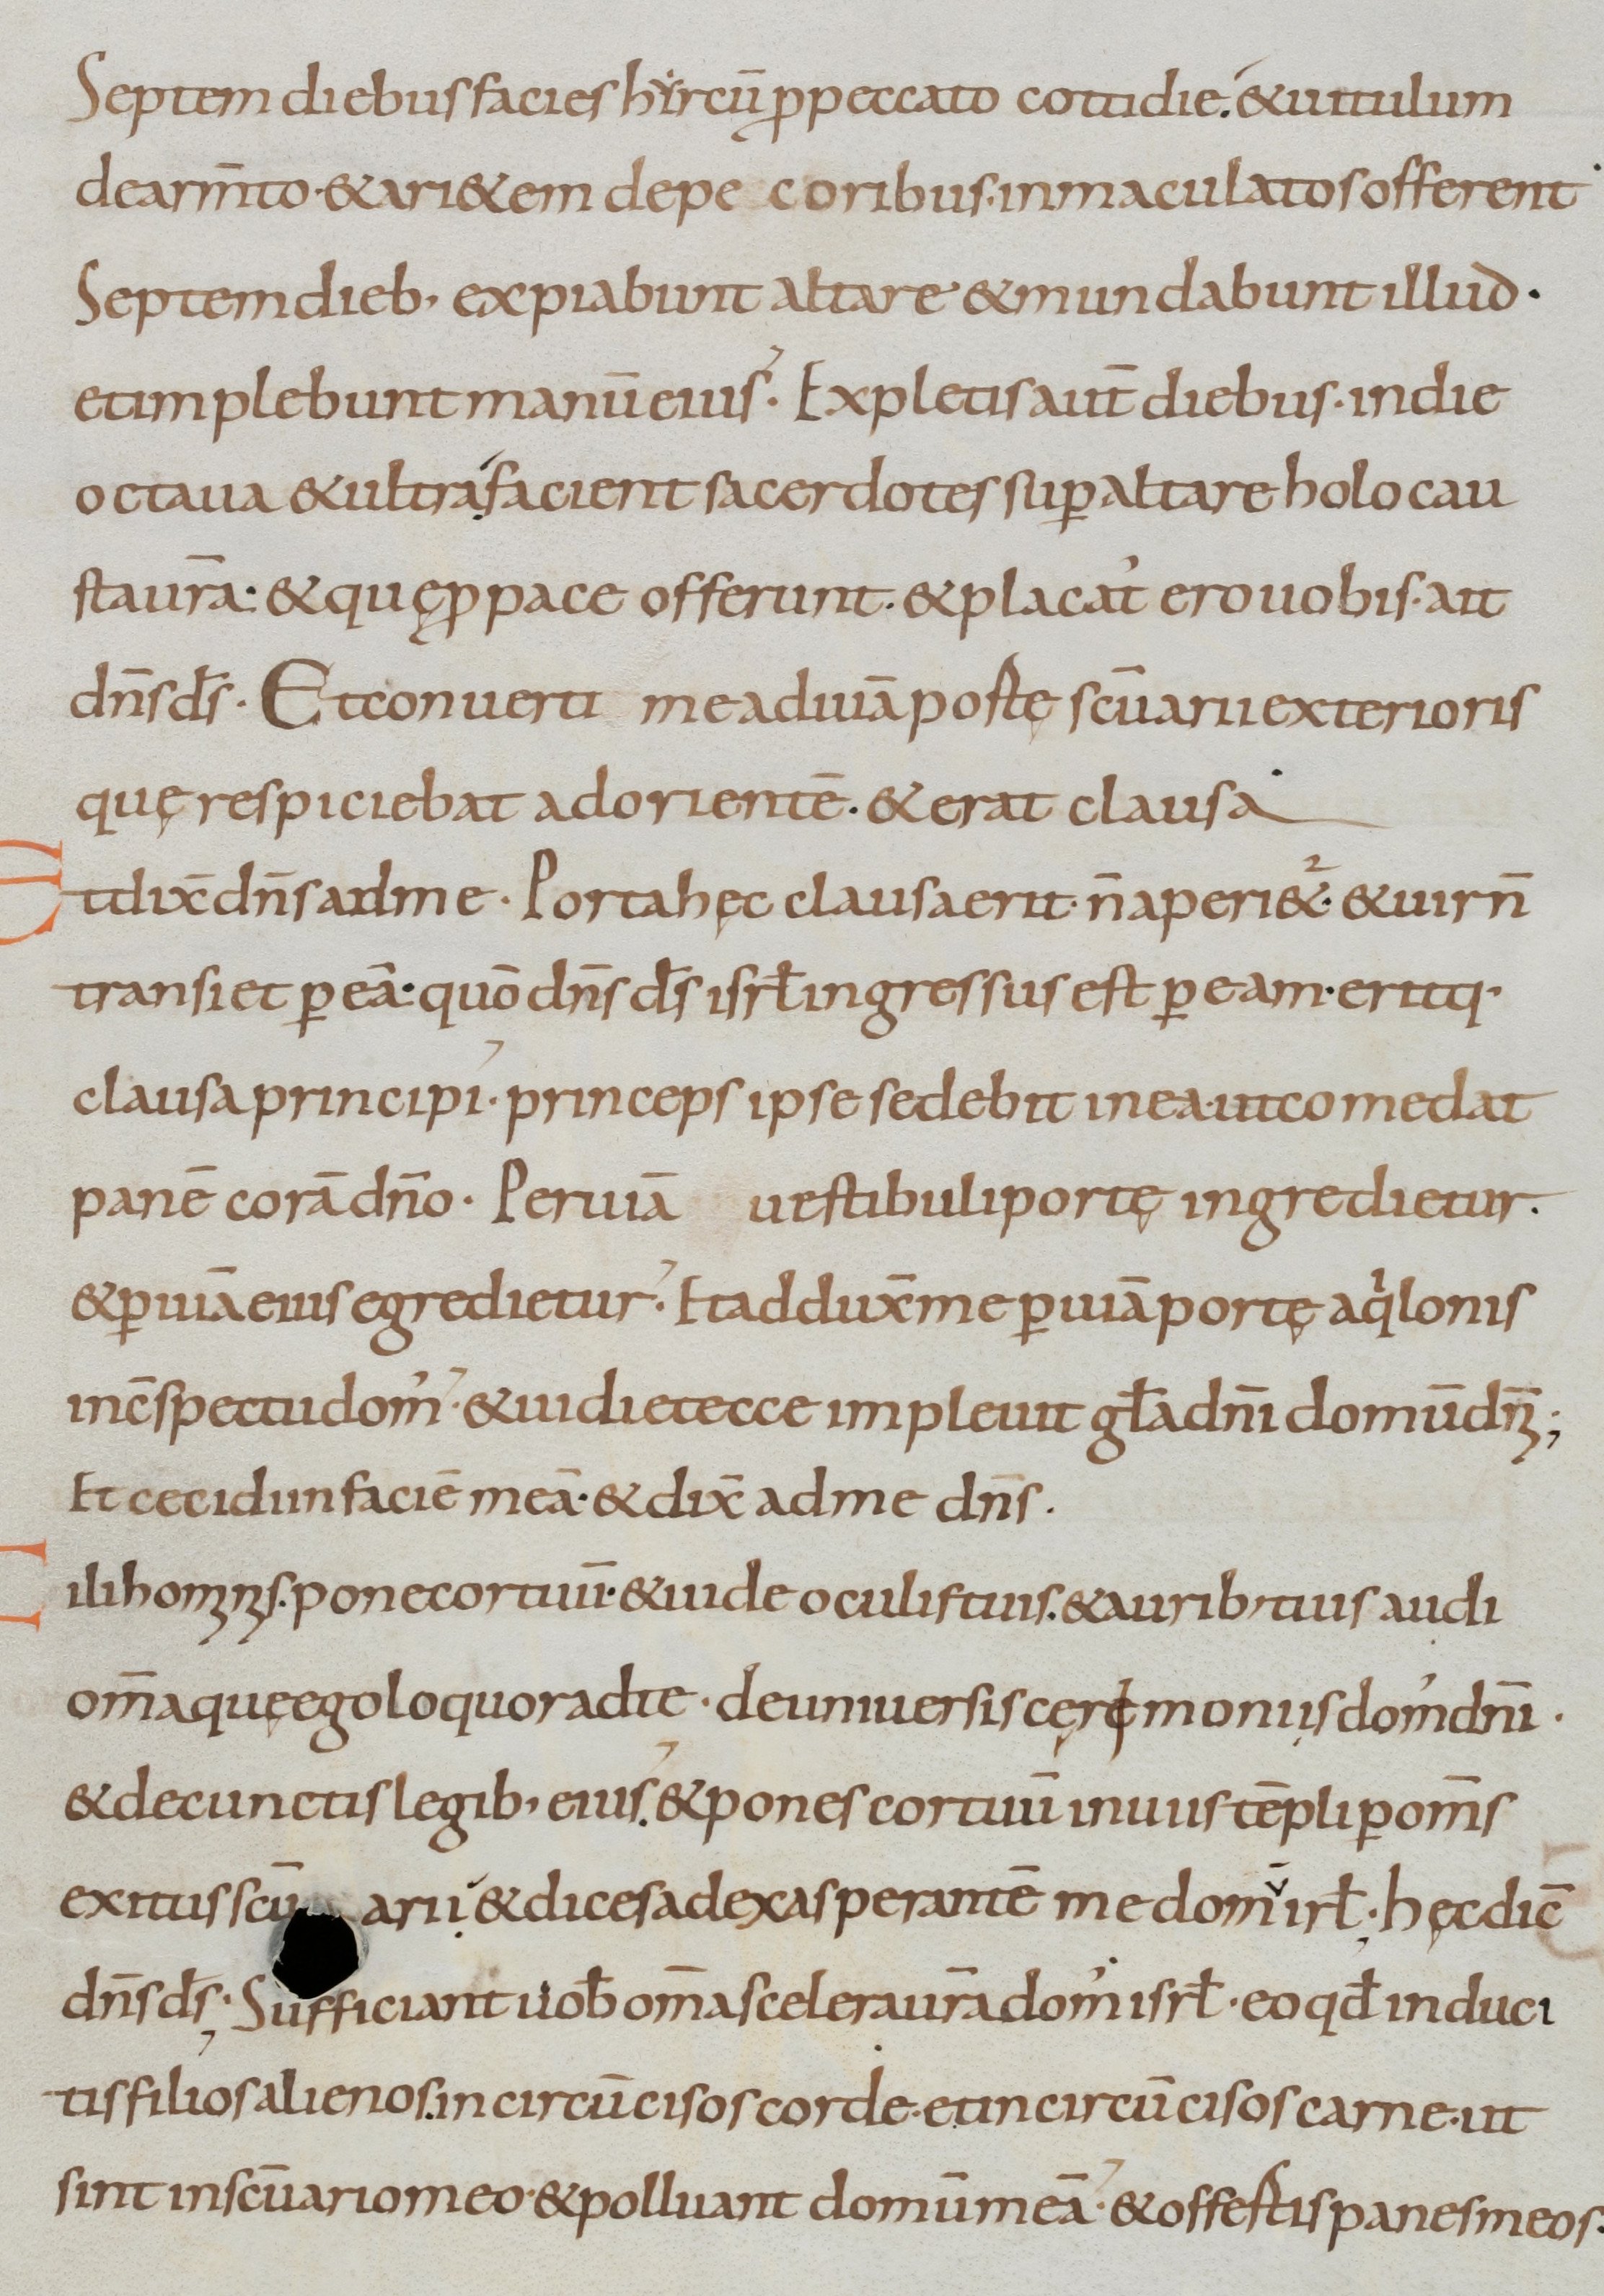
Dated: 800–899